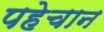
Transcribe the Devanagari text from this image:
पहेचान